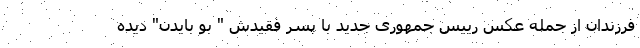
فرزندان از جمله عکس رییس جمهوری جدید با پسر فقیدش " بو بایدن" دیده